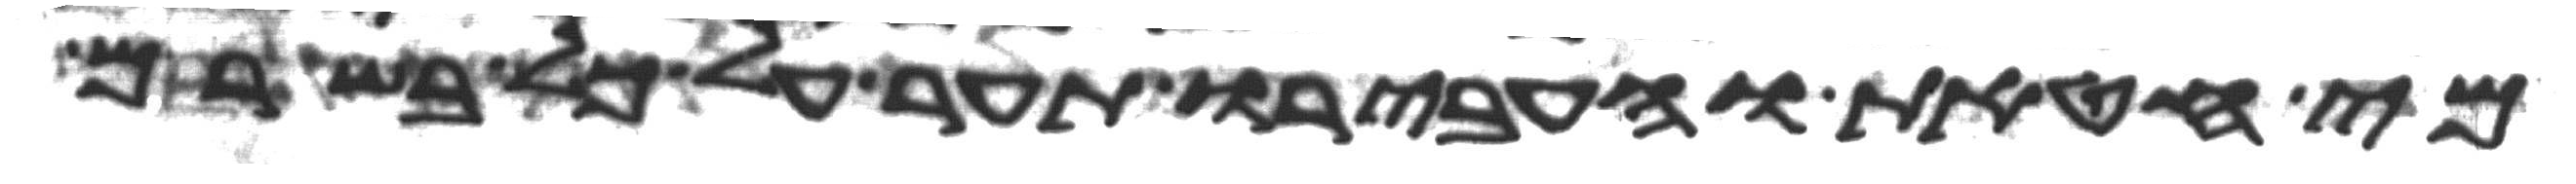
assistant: מי חטאת והעבירו תער על כל בשרם